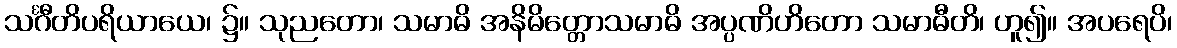
သင်္ဂီတိပရိယာယေ၊ ၌။ သုညတော၊ သမာဓိ အနိမိတ္တောသမာဓိ အပ္ပဏိဟိတော သမာဓီတိ၊ ဟူ၍။ အပရေပိ၊